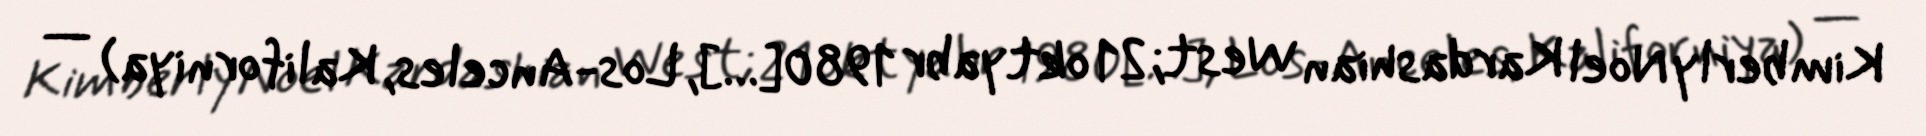
Kimberly Noel Kardashian West; 21 oktyabr 1980[…], Los-Anceles, Kaliforniya) —